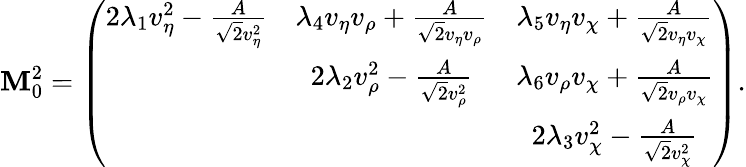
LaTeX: \mathbf{M}_{0}^{2}=\left(\begin{array}{ccc}{{2\lambda_{1}v_{\eta}^{2}-\frac{A}{\sqrt 2v_{\eta}^{2}}}}&{{\lambda_{4}v_{\eta}v_{\rho}+\frac{A}{\sqrt 2v_{\eta}v_{\rho}}}}&{{\lambda_{5}v_{\eta}v_{\chi}+\frac{A}{\sqrt 2v_{\eta}v_{\chi}}}}\\ {{}}&{{2\lambda_{2}v_{\rho}^{2}-\frac{A}{\sqrt 2v_{\rho}^{2}}}}&{{\lambda_{6}v_{\rho}v_{\chi}+\frac{A}{\sqrt 2v_{\rho}v_{\chi}}}}\\ {{}}&{{}}&{{2\lambda_{3}v_{\chi}^{2}-\frac{A}{\sqrt 2v_{\chi}^{2}}}}\end{array}\right).